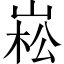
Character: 崧